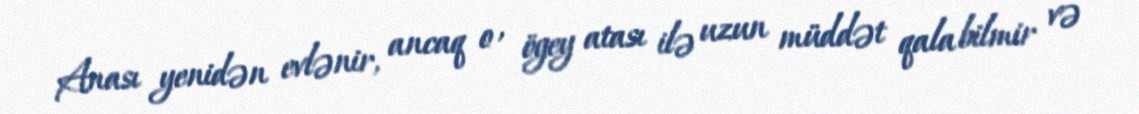
Anası yenidən evlənir, ancaq o , ögey atası ilə uzun müddət qala bilmir və